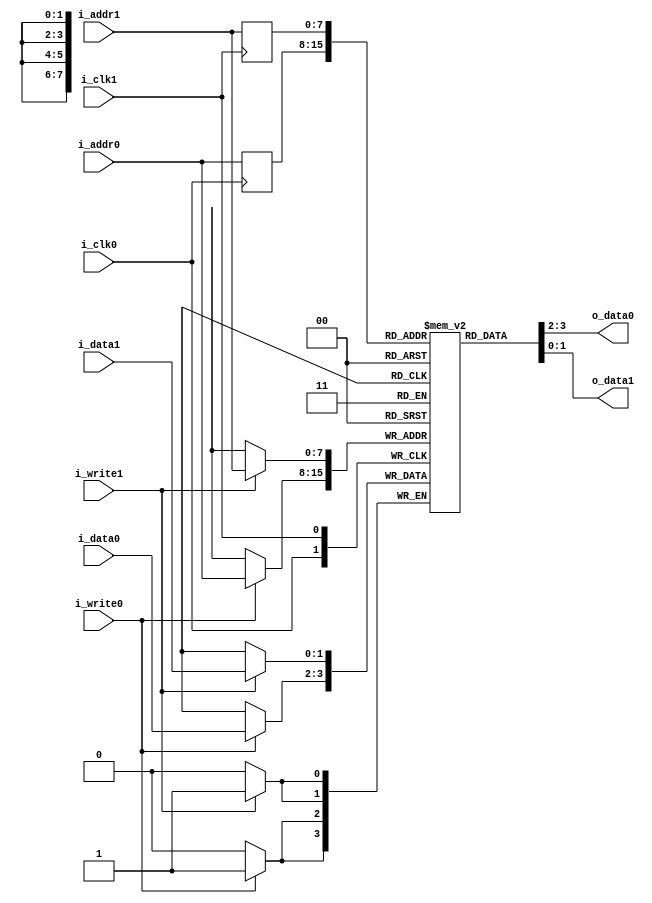
`timescale 1ns / 1ps
//////////////////////////////////////////////////////////////////////////////////
// Company: 
// Engineer: 
// 
// Design Name: 
// Module Name: dpsram
// Project Name: 
// Target Devices: 
// Tool Versions: 
// Description: 
// 
// Dependencies: 
// 
// Revision:
// Revision 0.01 - File Created
// Additional Comments:
// 
//////////////////////////////////////////////////////////////////////////////////


module dpsram #(parameter DATA_WIDTH = 2, parameter ADDR_WIDTH = 8, parameter DEPTH = 196, MEMFILE="")
    (
    input [ADDR_WIDTH-1:0] i_addr0, i_addr1,
    input [DATA_WIDTH-1:0] i_data0, i_data1,
    input i_write0, i_write1, i_clk0, i_clk1,
    output [DATA_WIDTH-1:0] o_data0, o_data1
     );
    
    reg [DATA_WIDTH-1:0] memory_array [DEPTH-1:0];
    reg [ADDR_WIDTH-1:0] reg_addr0, reg_addr1;
    
    assign o_data0 = memory_array[reg_addr0];
    assign o_data1 = memory_array[reg_addr1];
    
    initial begin
        if (MEMFILE > 0)
        begin
            $display("Loading memory init file '" + MEMFILE + "' into array.");
            $readmemh(MEMFILE, memory_array);
        end
    end
    
    always @(posedge i_clk0)
    begin
        if (i_write0)
            memory_array[i_addr0] <= i_data0;
        reg_addr0 <= i_addr0;
    end
    always @(posedge i_clk1)
    begin
        if (i_write1)
            memory_array[i_addr1] <= i_data1;
        reg_addr1 <= i_addr1;
    end
    endmodule